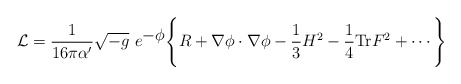
\begin{align*}{\cal L}=\frac{1}{16 \pi\alpha'} \sqrt{-g}\ e^{\hbox{$-\phi$}}\Biggl\{R+\nabla\phi\cdot\nabla\phi-{1\over 3} H^2-\frac{1}{4 } {\rm Tr}F^2+\cdots\Biggr\} \end{align*}